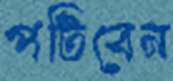
পটিবেন